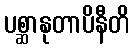
ပစ္ဆာနုတာပိနီတိ